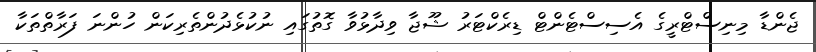
ޖެންޑާ މިނިސްޓްރީގެ އެސިސްޓެންޓް ޑިރެކްޓަރު ޝޫޖާ ވިދާޅުވާ ގޮތުގައި ނުކުޅެދުންތެރިކަން ހުންނަ ފަރާތްތަކާ